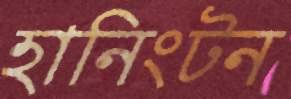
হানিংটন